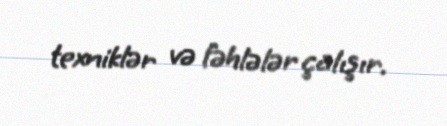
texniklər və fəhlələr çalışır.